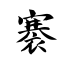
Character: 褰